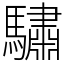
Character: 驌